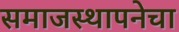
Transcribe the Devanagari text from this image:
समाजस्थापनेचा